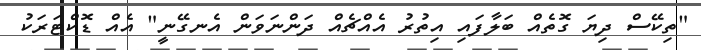
"ތިކޭސް ދިޔަ ގޮތެއް ބަލާފައި އިތުރު އެއްޗެއް ދަންނަވަން އެނގޭނީ" އެއް ޑޮކްޓަރަކު